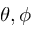
\theta , \phi